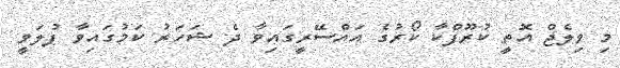
މި ވިލެޖް އޮތީ ކުރޫފްކާ ކޯރުގެ އައްސޭރީގައިވާ ދެ ޝަހަރު ކަމުގައިވާ ޕުލަވީ